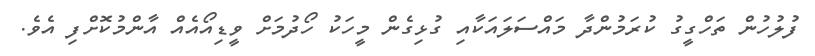
ފުލުހުން ތަހްގީގު ކުރަމުންދާ މައްސަލައަކާއި ގުޅިގެން މީހަކު ހޯދުމަށް ވީޑިއޯއެއް އާންމުކޮށްފި އެވެ.